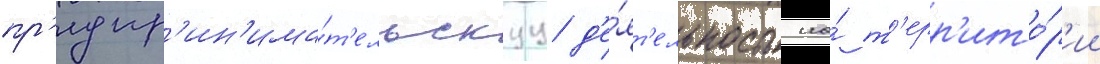
пр'едпр'ин'има́т'ельскуу д'е́ят'ельность на́ т'ерр'ито́р'ии